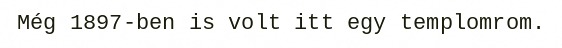
Még 1897-ben is volt itt egy templomrom.